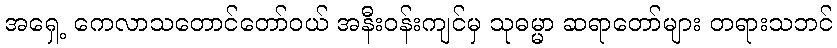
အရှေ့ ကေလာသတောင်တော်ဝယ် အနီးဝန်းကျင်မှ သုဓမ္မာ ဆရာတော်များ တရားသဘင်